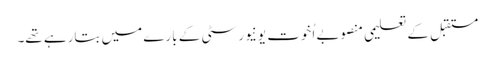
مستقبل کے تعلیمی منصوبے اُخوت یونیورسٹی کے بارے میں بتارہے تھے۔